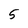
Character: 5